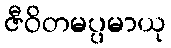
ဇီဝိတမပ္ပမာယု